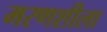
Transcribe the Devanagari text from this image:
मरणशीला